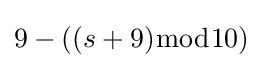
9-((s+9){\bmod {1}}0)